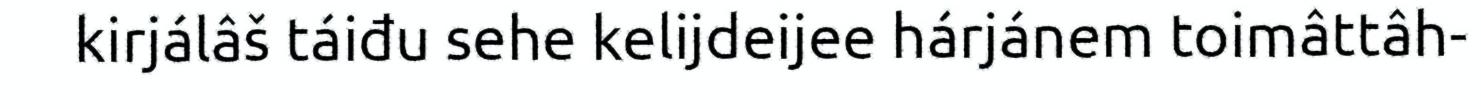
kirjálâš táiđu sehe kelijdeijee hárjánem toimâttâh-